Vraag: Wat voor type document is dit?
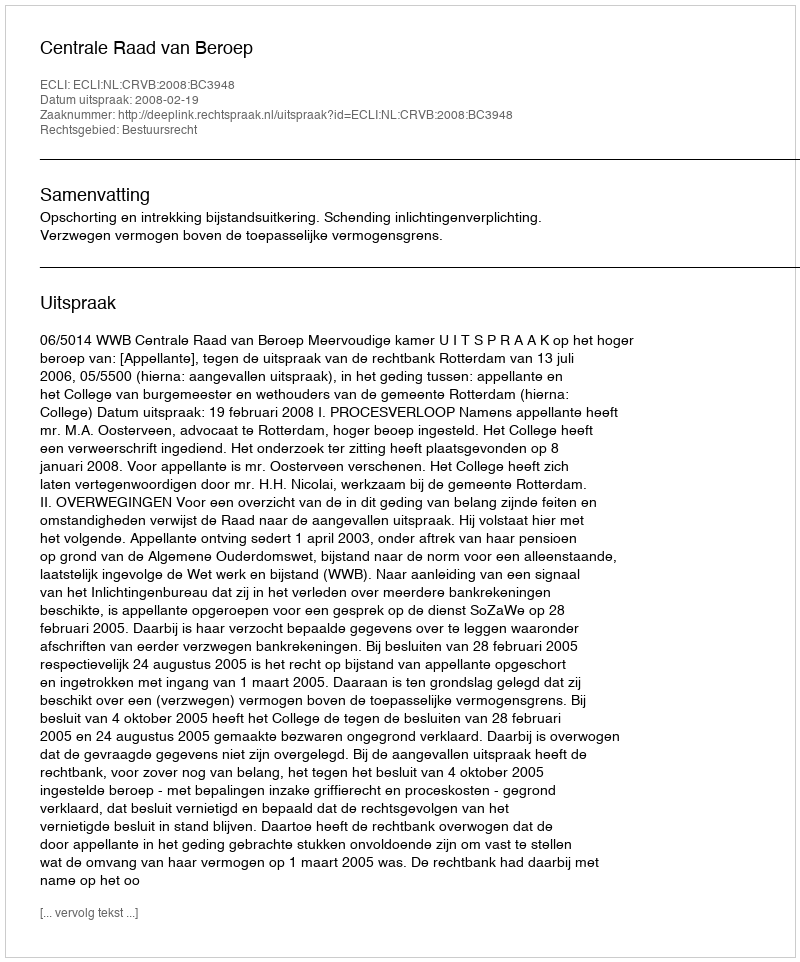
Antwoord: Uitspraak